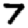
Digit: 7